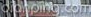
dianping.com